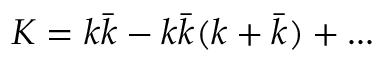
K = k \bar { k } - k \bar { k } ( k + \bar { k } ) + . . .